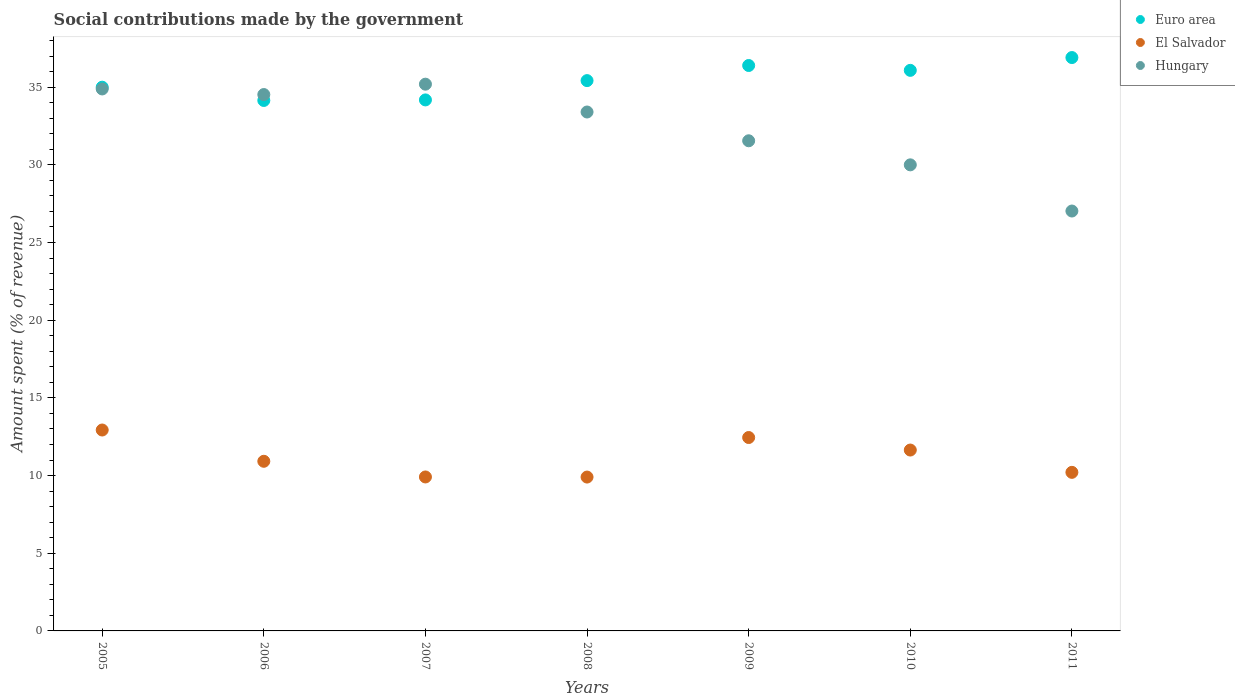
| Years | Euro area | El Salvador | Hungary |
 | --- | --- | --- | --- |
 | 2005 | 35 | 12.9 | 34.9 |
 | 2006 | 34.1 | 10.9 | 34.5 |
 | 2007 | 34.2 | 9.91 | 35.2 |
 | 2008 | 35.4 | 9.9 | 33.4 |
 | 2009 | 36.4 | 12.4 | 31.5 |
 | 2010 | 36.1 | 11.6 | 30 |
 | 2011 | 36.9 | 10.2 | 27 |